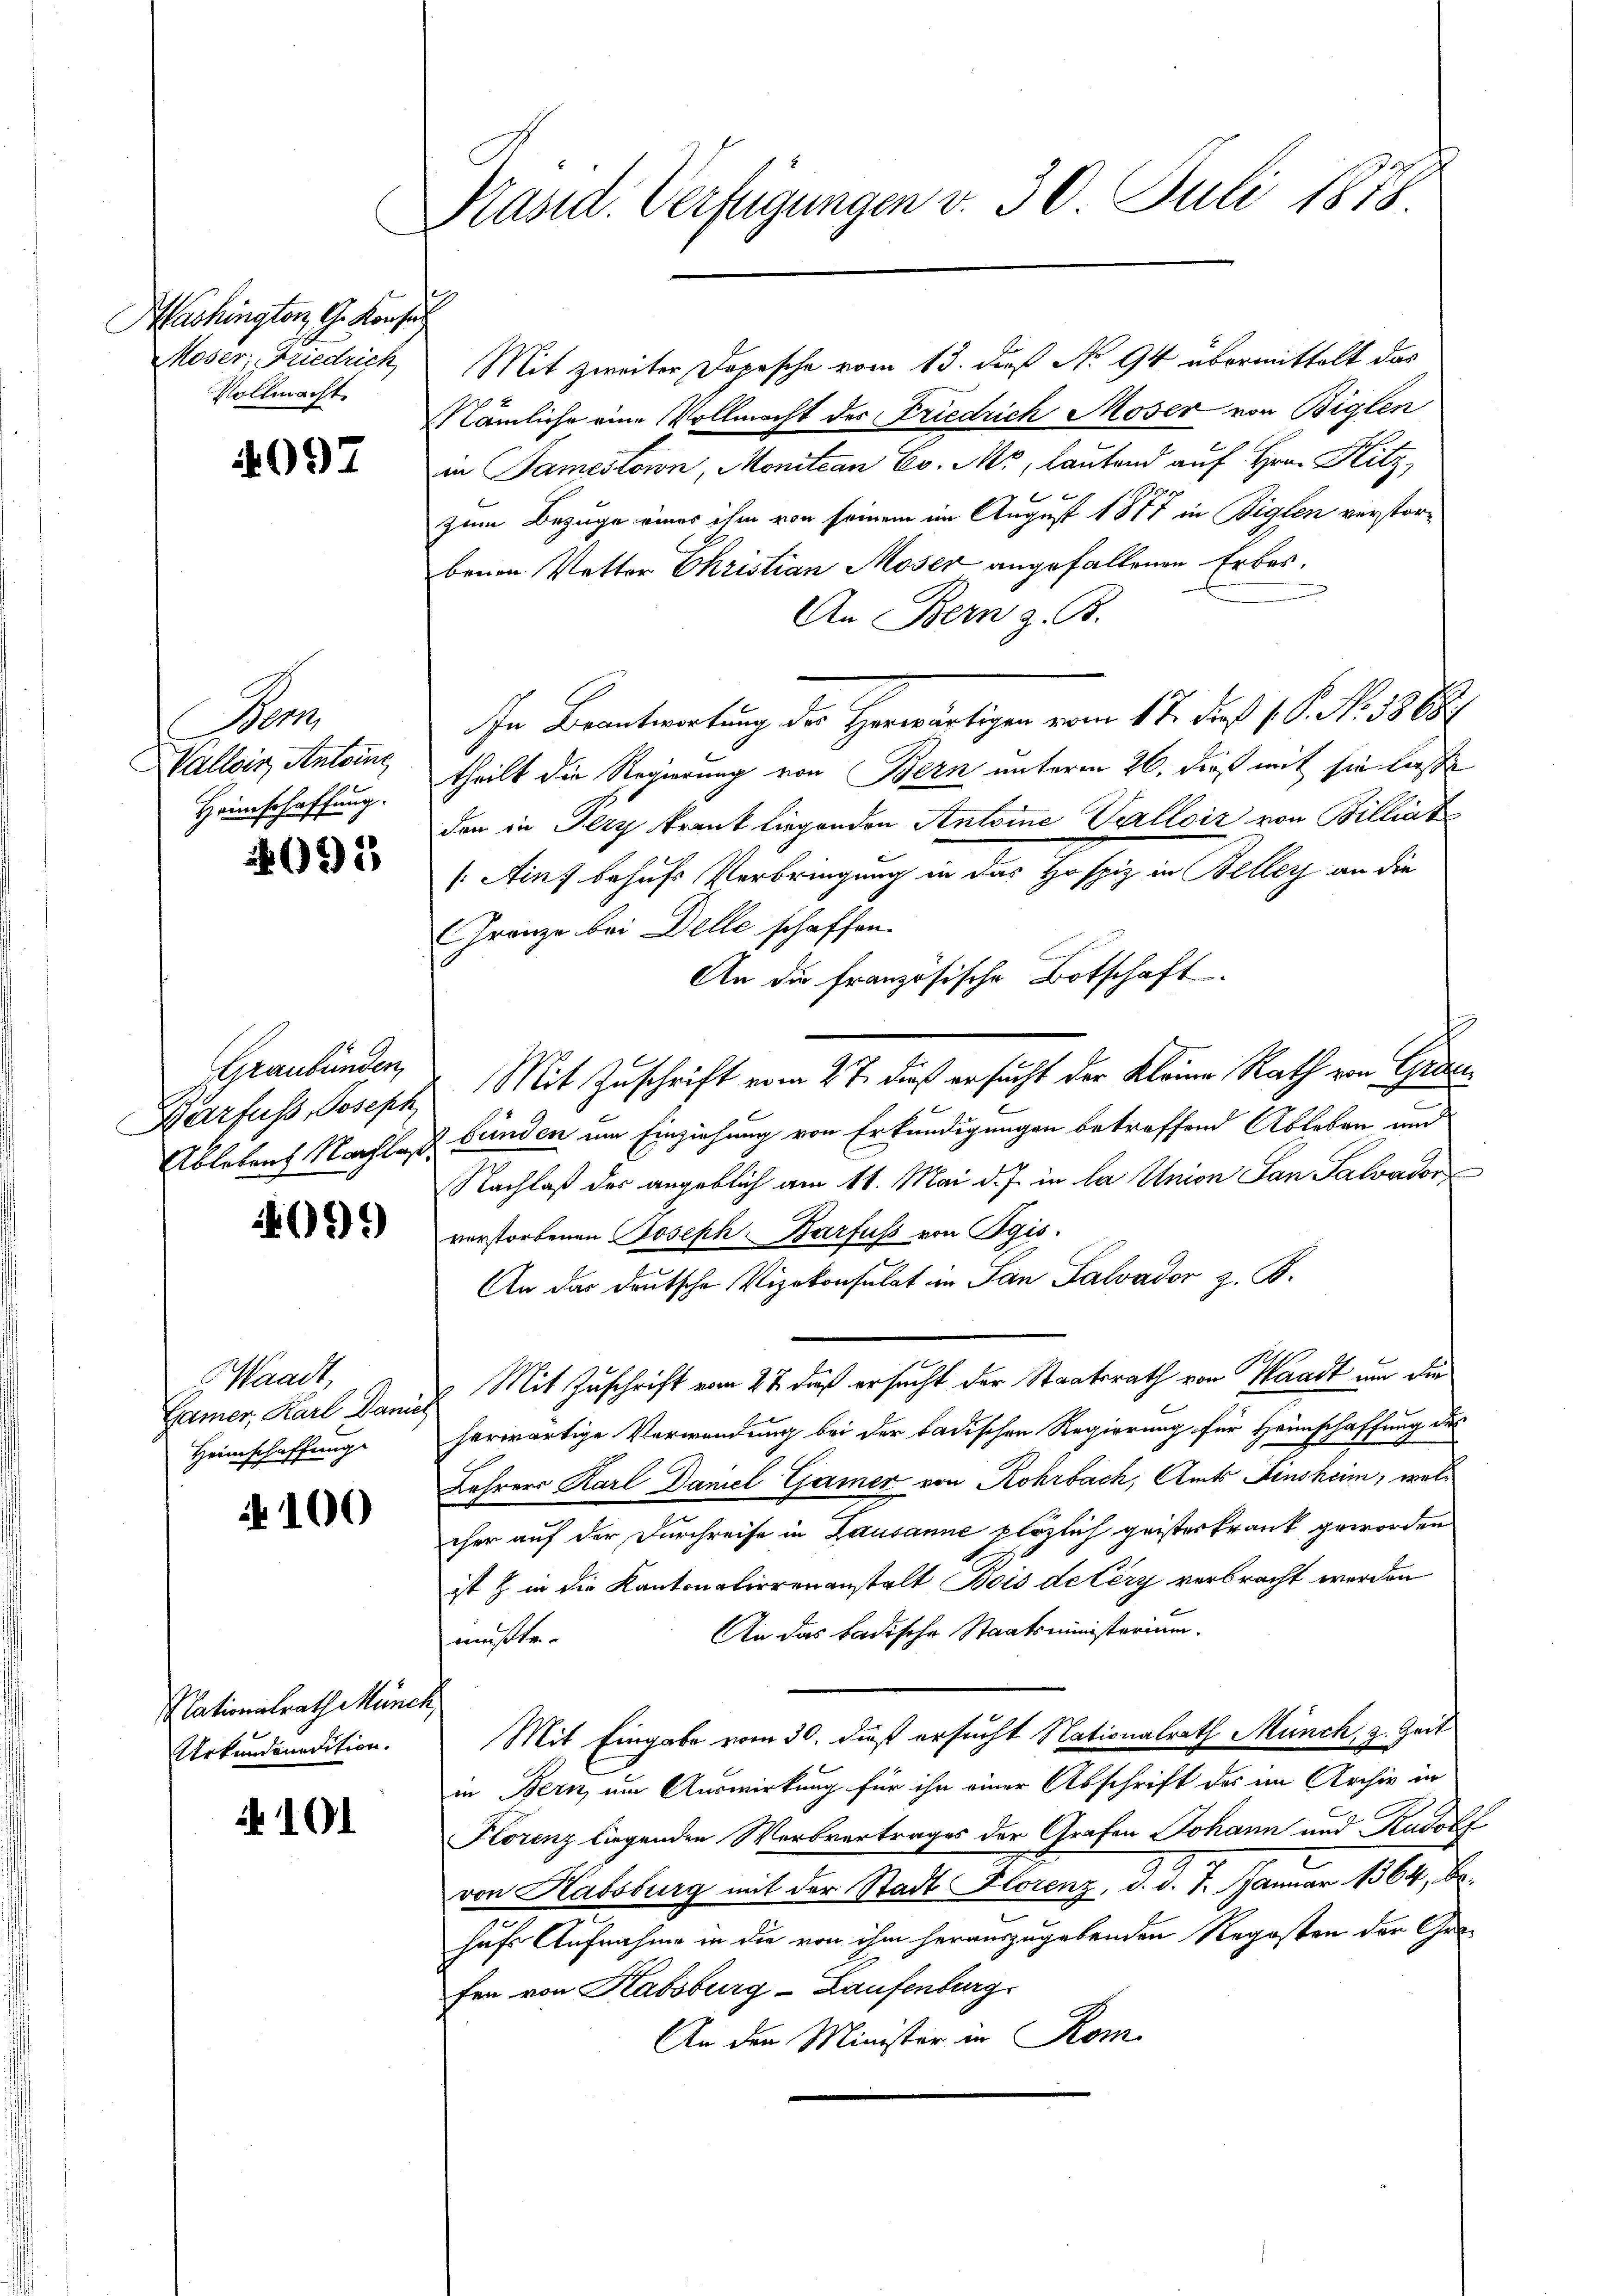
Washington G. Konsul
Moser, Friedrich
Vollmacht

4097

Bas
Vallis, Antoine
Heimschaffung.

4095

Graubünden,

409)

Waadt,
Heimschaffung

100

Nationalrath Münch,
Urkundeneration.

101

Präsid. Verfügungen v. 30. Juli 1878.

Mit zweiter Depesche vom 13. daß No 94 übermittelt das
Nämliche eine Vollmacht der Friedrich Moser von Biglen
in Jameslown, Monitian Ed. M., lautend auf Hrn. Hitz,
zum Bezuge eines ihm von seinem im August 1877 in Biglen verstorbenen Vetter Christian Moser angefallenen Erbes¬
An Bern z. B.
In Beantwortung der Herwärtigen vom 17. des 1 S. N. 3868.
theilt die Regierung von Bern unterm 26. dieß mit sie lasse
den in Pery krank liegenden Antoine Valloir von Billiat
Aiuf behufs Verbringung in das Hospiz in Beller an die
Gränze bei Delle schaffen.
An die französische Botschaft.
Barfuss, Joseph Mit Zuschrift vom 27. dieß ersucht der Kleine Rath von Gra
Ablebens Nachlas bunden um Einziehung von Erkundigungen betreffend Ableben und
Nachlaß der angeblich am 11. Mai d. J. in la Union San Salvator
verstorbenen Joseph-Barfuss von Pgis.
An das deutsche Vizekonsulat im San Salvador z. B.
Gamer, Karl Danach Mit Zuschrift vom 22. dieß ersucht der Staatsrath von Waadt um die
herwärtige Verwendung bei der badischen Regierung für Heimschaffung des
Lehrers Karl Daniel Gamer von Rohrbach, Amts Finsheim, welcher auf der Durchreife in Lausanne plözlich geisteskrank geworden
ist & in die Kantonalierenanstalt Bois de Cery verbracht werden
An das badische Staatsministerium.
müßte.
Mit Eingabe vom 30. daß ersucht Nationalrath Münch, z. Zeit
in Bern, um Auswirkung für ihn einer Abschrift des im Archiv in
Florenz liegenden Werbvertrages der Grafen Johann und Rudolf
von Habsburg mit der Stadt Florenz, d. d. 7. Januar 1864, Bo-
hufs Aufnahme in die von ihm herauszugebenden Regosten der Grafra von Habsburg-Laufenburg
An den Minister in Rom